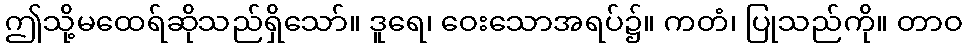
ဤသို့မထေရ်ဆိုသည်ရှိသော်။ ဒူရေ၊ ဝေးသောအရပ်၌။ ကတံ၊ ပြုသည်ကို။ တာဝ